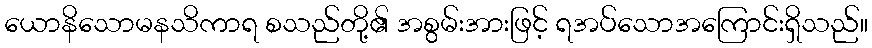
ယောနိသောမနသိကာရ စသည်တို့၏ အစွမ်းအားဖြင့် ရအပ်သောအကြောင်းရှိသည်။